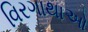
વિરગાથાઓ